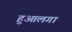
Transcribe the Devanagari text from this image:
हुआलगा